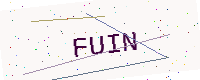
Text: FUIN